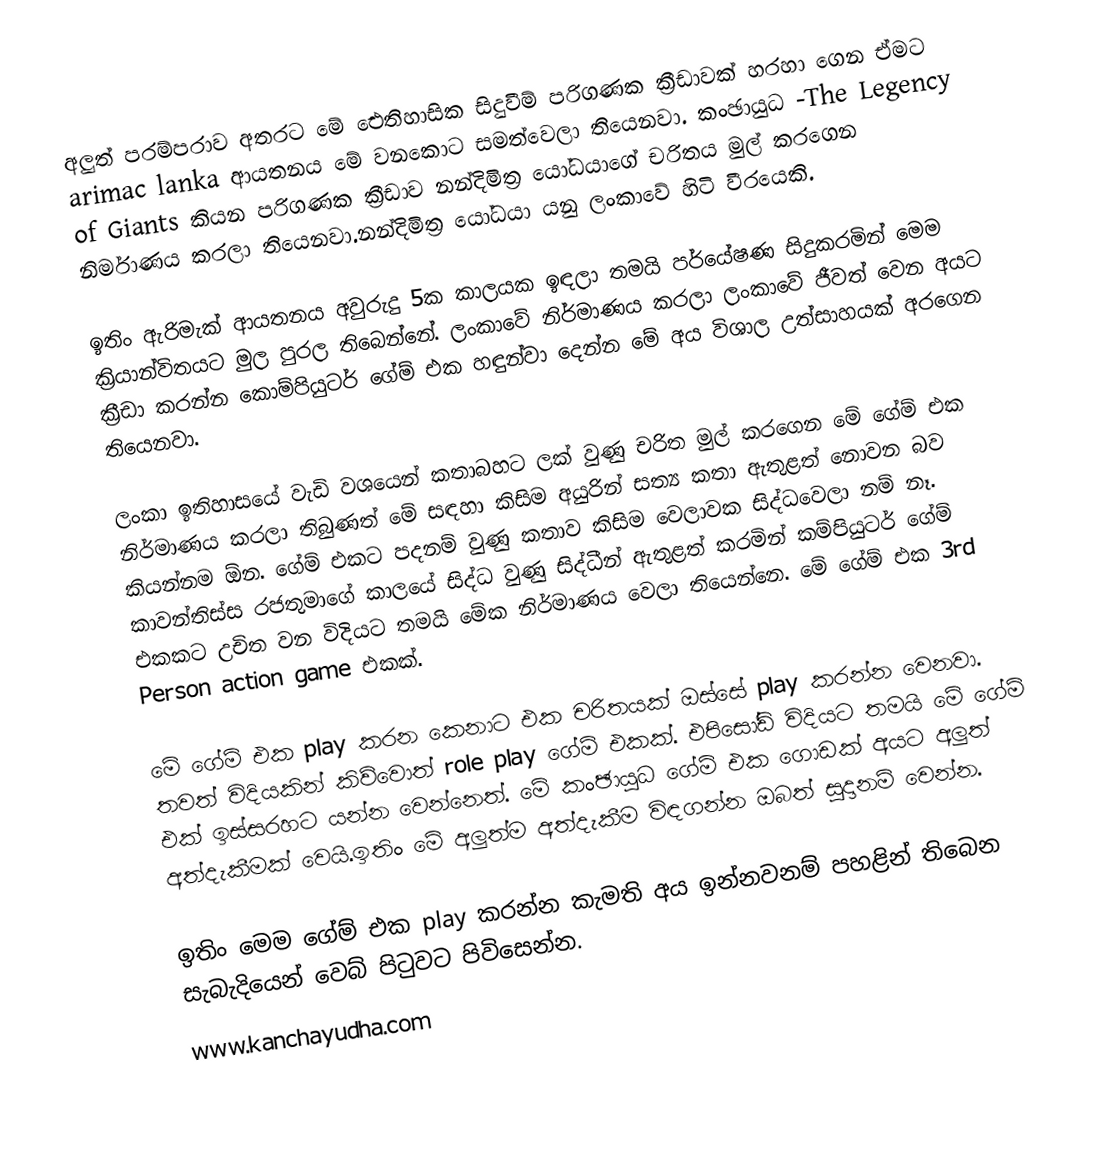
අලුත් පරම්පරාව අතරට මේ ඓතිහාසික සිදුවීම් පරිගණක ක්‍රීඩාවක් හරහා ගෙන ඒමට arimac lanka ආයතනය මේ වනකොට සමත්වෙලා තියෙනවා. කංඡායුධ -The Legency of Giants කියන පරිගණක ක්‍රීඩාව නන්දිමිත්‍ර යෝධයාගේ චරිතය මුල් කරගෙන නිර්මාණය කරලා තියෙනවා.නන්දිමිත්‍ර යෝධයා යනු ලංකාවේ හිටි වීරයෙකි.

  ඉතිං ඇරිමැක් ආයතනය අවුරුදු 5ක කාලයක ඉඳලා තමයි පර්යේෂණ සිදුකරමින් මෙම ක්‍රියාන්විතයට මුල පුරල තිබෙන්නේ. ලංකාවේ නිර්මාණය කරලා ලංකාවේ ජීවත් වෙන අයට ක්‍රීඩා කරන්න කොම්පියුටර් ගේම් එක හඳුන්වා දෙන්න මේ අය විශාල උත්සාහයක් අරගෙන තියෙනවා.

  ලංකා ඉතිහාසයේ වැඩි වශයෙන් කතාබහට ලක් වුණු චරිත මුල් කරගෙන මේ ගේම් එක නිර්මාණය කරලා තිබුණත් මේ සඳහා කිසිම අයුරින් සත්‍ය කතා ඇතුළත් නොවන බව කියන්නම ඕන. ගේම් එකට පදනම් වුණු කතාව කිසිම වෙලාවක සිද්ධවෙලා නම් නෑ. කාවන්තිස්ස රජතුමාගේ කාලයේ සිද්ධ වුණු සිද්ධීන් ඇතුළත් කරමින් කම්පියුටර් ගේම් එකකට උචිත වන විදියට තමයි මේක නිර්මාණය වෙලා තියෙන්නෙ. මේ ගේම් එක 3rd Person action game එකක්.

  මේ ගේම් එක play කරන කෙනාට එක චරිතයක් ඔස්සේ play කරන්න වෙනවා. තවත් විදියකින් කිව්වොත් role play ගේම් එකක්. එපිසෝඩ් විදියට තමයි මේ ගේම් එක් ඉස්සරහට යන්න වෙන්නෙත්. මේ කංඡායුධ ගේම් එක ගොඩක් අයට අලුත් අත්දැකීමක් වෙයි.ඉතිං මේ අලුත්ම අත්දැකීම විඳගන්න ඔබත් සූදානම් වෙන්න. 

ඉතිං මෙම ගේම් එක play කරන්න කැමති අය ඉන්නවනම් පහළින් තිබෙන සැබැදියෙන් වෙබ්  පිටුවට පිවිසෙන්න.
www.kanchayudha.com